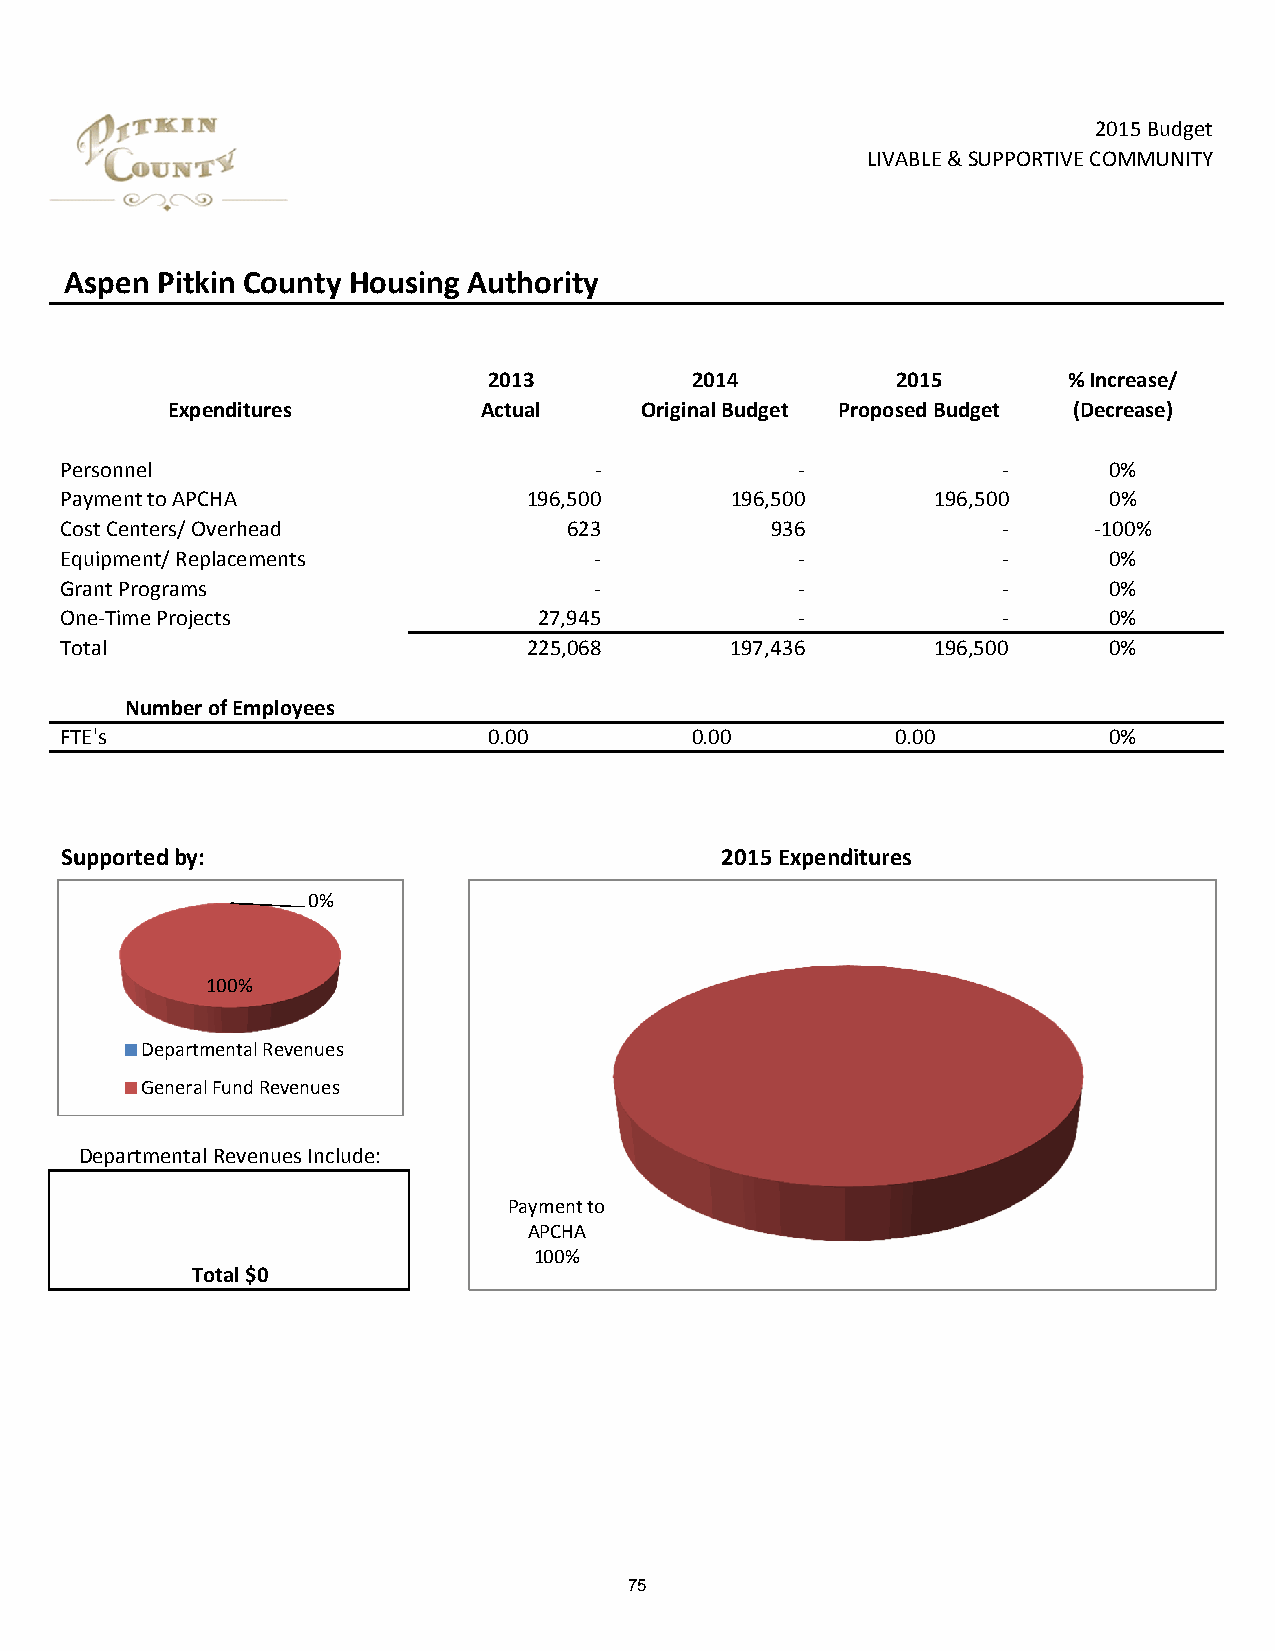
2015 Budget
 LIVABLE & SUPPORTIVE COMMUNITY
 Aspen Pitkin County Housing Authority
 2013          2014         2015        % Increase/
 Expenditures         Actual    Original Budget Proposed Budget (Decrease)
 Personnel                          ‐             ‐            ‐      0%
 Payment to APCHA               196,500      196,500       196,500    0%
 Cost Centers/ Overhead            623          936            ‐     ‐100%
 Equipment/ Replacements            ‐             ‐            ‐      0%
 Grant Programs                     ‐             ‐            ‐      0%
 One‐Time Projects               27,945           ‐            ‐      0%
 Total                          225,068      197,436       196,500    0%
 Number of Employees
 FTE's                       0.00          0.00         0.00          0%
 Supported by:                               2015 Expenditures
 0%
 100%
 Departmental Revenues
 General Fund Revenues
 Departmental Revenues Include:
 Payment to
 APCHA
 100%
 Total $0
 75